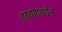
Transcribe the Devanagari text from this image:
हठयोगवर्णन